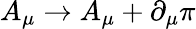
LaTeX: A_{\mu}\to A_{\mu}+\partial_{\mu}\pi